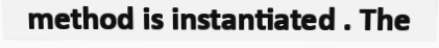
method is instantiated . The